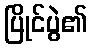
ပြိုင်ပွဲ၏